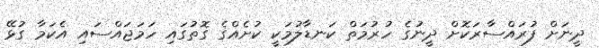
ދީނަށް ފުރައްސާރަކޮށް ދީނުގެ ހުރުމަތް ކަނޑާލުމަކީ ކުށެއްގެ ގޮތުގައި ހަމަޖައްސައި އެކަމާ ގުޅޭ